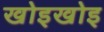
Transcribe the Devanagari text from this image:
खोइखोइ